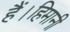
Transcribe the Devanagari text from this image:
हैं।हिमानी